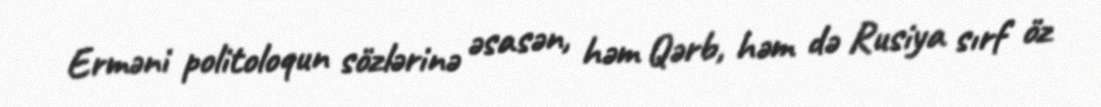
Erməni politoloqun sözlərinə əsasən, həm Qərb, həm də Rusiya sırf öz